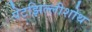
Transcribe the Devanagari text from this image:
पेटझिल्लीशोथ